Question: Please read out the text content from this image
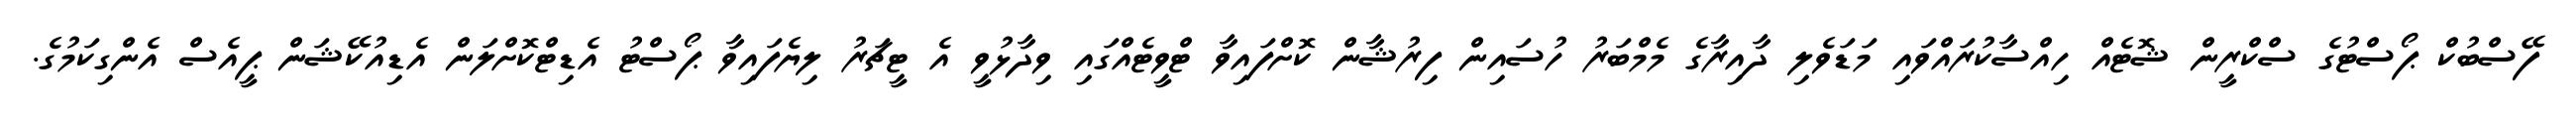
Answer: ފޭސްބުކް ޕޯސްޓުގެ ސްކްރީން ޝޮޓެއް ހިއްސާކުރައްވައި މަޑަވެލި ދާއިރާގެ މެމްބަރު ހުސައިން ފިރުޝާން ކޮށްފައިވާ ޓްވީޓެއްގައި ވިދާޅުވީ އެ ޓީޗަރު ލިޔެފައިވާ ޕޯސްޓު އެޑިޓްކޮށްލަން އެޑިއުކޭޝަން ޕީއެސް އެންގިކަމުގެ.